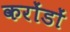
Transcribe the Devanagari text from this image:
करोंडों